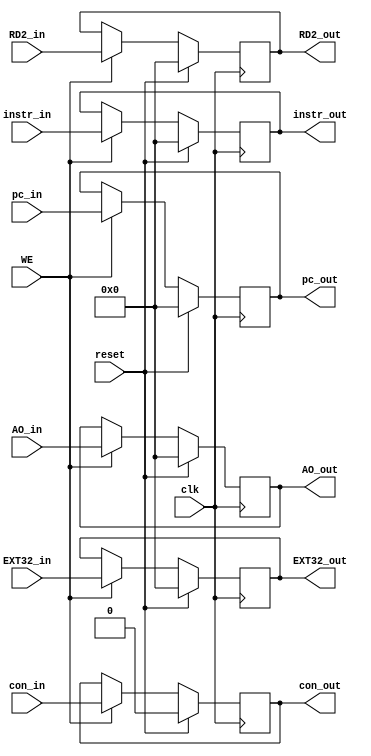
`timescale 1ns / 1ps
//////////////////////////////////////////////////////////////////////////////////
// Company: 
// Engineer: 
// 
// Design Name: 
// Module Name:    M_REG 
// Project Name: 
// Target Devices: 
// Tool versions: 
// Description: 
//
// Dependencies: 
//
// Revision: 
// Revision 0.01 - File Created
// Additional Comments: 
//
//////////////////////////////////////////////////////////////////////////////////
module M_REG(
    input clk,
    input reset,
    input WE,
    input [31:0] instr_in,
    input [31:0] pc_in,
    input [31:0] RD2_in,
    input [31:0] EXT32_in,
    input [31:0] AO_in,
    input con_in,
    output [31:0] instr_out,
    output [31:0] pc_out,
    output [31:0] RD2_out,
    output [31:0] EXT32_out,
    output [31:0] AO_out,
    output con_out
    );
    
    reg [31:0] instr;
    reg [31:0] pc;
    reg [31:0] RD2;
    reg [31:0] EXT32;
    reg [31:0] AO;
    reg con;
    
    assign instr_out = instr;
    assign pc_out = pc;
    assign RD2_out = RD2;
    assign EXT32_out = EXT32;
    assign AO_out = AO;
    assign con_out = con;
    
    always @(posedge clk) begin
        if(reset) begin
            instr <= 0;
            pc <= 0;
            RD2 <= 0;
            EXT32 <= 0;
            AO <= 0;
            con <= 0;
        end
        else if(WE) begin
            instr <= instr_in;
            pc <= pc_in;
            RD2 <= RD2_in;
            EXT32 <= EXT32_in;
            AO <= AO_in;
            con <= con_in;
        end
    end

endmodule